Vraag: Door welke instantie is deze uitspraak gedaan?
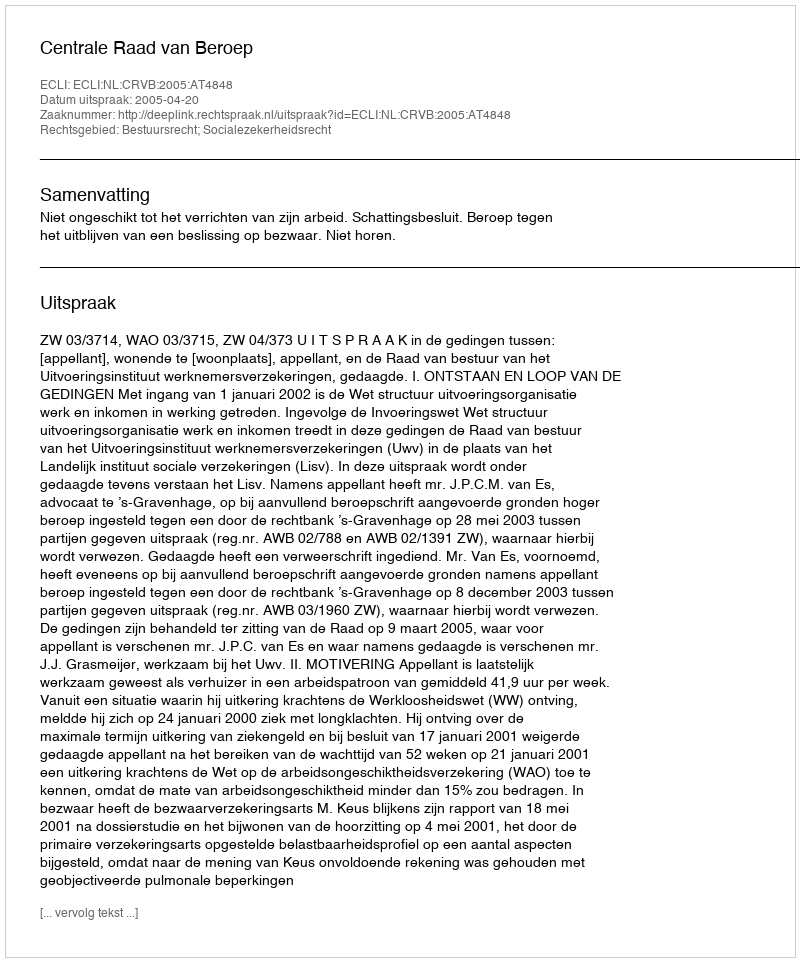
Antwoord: Centrale Raad van Beroep